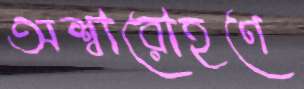
অশ্বারোহণে